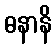
ဓနာနိ